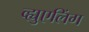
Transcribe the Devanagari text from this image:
व्ह्युएलिंग